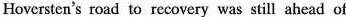
Hoversten's road to recovery was still ahead of